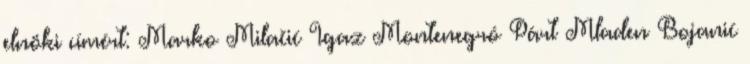
elnöki címért: Marko Milačić Igaz Montenegró Párt Mladen Bojanić